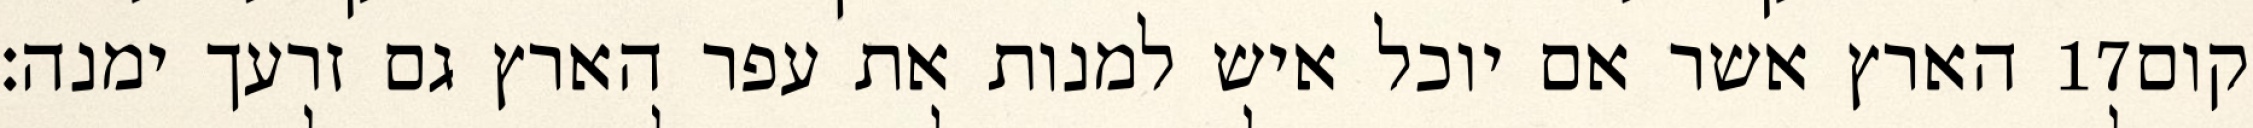
הארץ אשר אם יוכל איש למנות את עפר הארץ גם זרעך ימנה׃ ‎17‏ קום